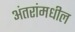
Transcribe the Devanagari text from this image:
अंतरांमधील